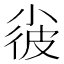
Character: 𡮌